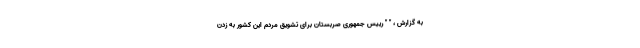
به گزارش ، " " رییس جمهوری صربستان برای تشویق مردم این کشور به زدن